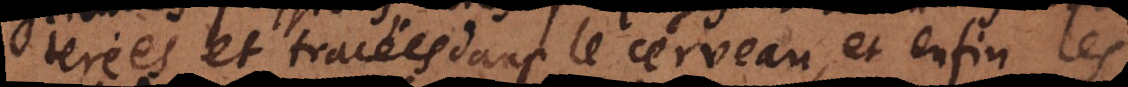
terées et tracées dans le cerveau, et enfin les